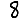
Digit: 8